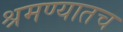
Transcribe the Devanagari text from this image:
श्रमण्यातच